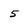
Character: 5